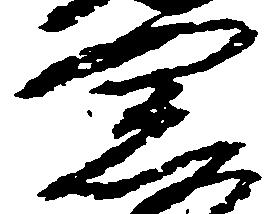
宗